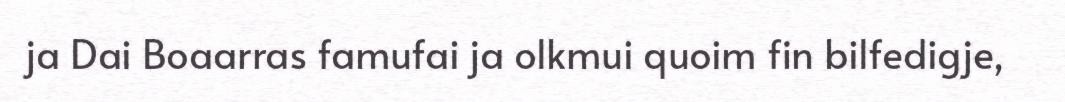
ja Dai Boaarras famufai ja olkmui quoim fin bilfedigje,